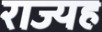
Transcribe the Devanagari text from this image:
राज्यह